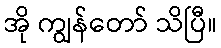
အို ကျွန်တော် သိပြီ။